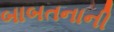
બાબતનાની